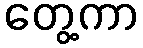
တွေ့ကာ